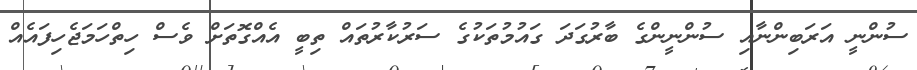
ސުންނީ އަރަބިންނާއި ސުންނީންގެ ބާރުގަދަ ގައުމުތަކުގެ ސަރުކާރުތައް ތިބީ އެއްގޮތަށް ވެސް ހިތްހަމަޖެހިފައެއް